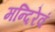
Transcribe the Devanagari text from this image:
मन्दिरेवं